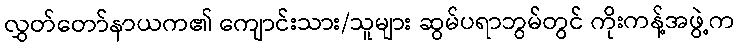
လွှတ်တော်နာယက၏ ကျောင်းသား/သူများ ဆွမ်ပရာဘွမ်တွင် ကိုးကန့်အဖွဲ့က